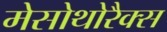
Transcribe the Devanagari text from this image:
मेसोथोरैक्स